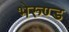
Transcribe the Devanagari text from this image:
भेरुण्ड